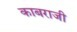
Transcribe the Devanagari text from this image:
काबराजी